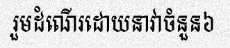
រួមដំណើរដោយនាវាចំនួន៦